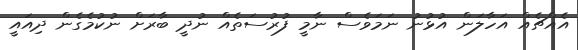
އެއްޗެއް އަހާލަން އުޅުނު ނަމަވެސް ނާމީ ފުރުސަތެއް ނުދީ ބާރަށް ނުކުމެގެން ދިއައީ